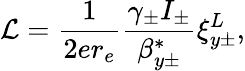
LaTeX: \mathcal{L}=\frac{1}{2er_{e}}\frac{\gamma_{\pm}I_{\pm}}{\beta_{y\pm}^{*}}\xi_{y\pm}^{L},